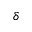
\delta